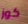
كوز